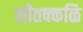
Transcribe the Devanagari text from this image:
सीतक्कळि